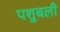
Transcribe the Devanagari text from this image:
पशुबली